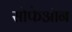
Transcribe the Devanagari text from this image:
सोफेऑन